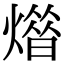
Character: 𤎳